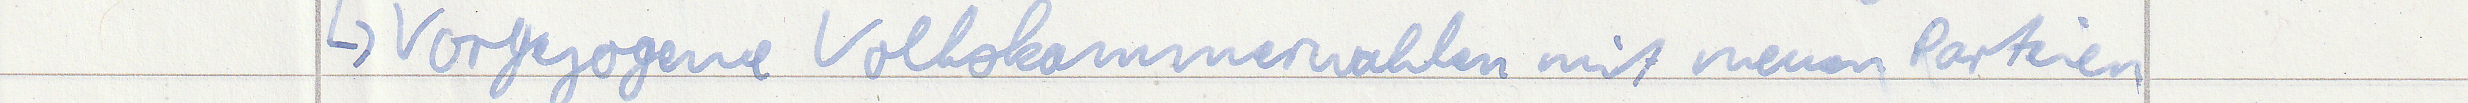
-> Vorgezogene Volkskammerwahlen mit neuen Parteien